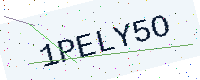
Text: 1PELY5O